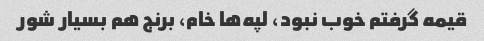
قیمه گرفتم خوب نبود، لپه‌ها خام، برنج هم بسیار شور